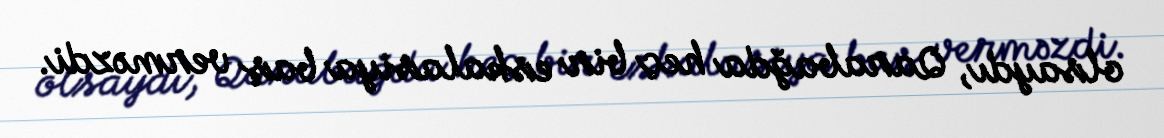
olsaydı, Qarabağda heç bir eskalasiya baş verməzdi.